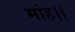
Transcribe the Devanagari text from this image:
मांह।।